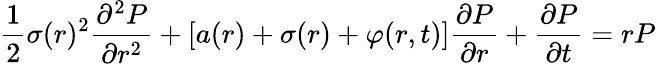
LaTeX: {\frac{1}{2}}\sigma(r)^{2}{\frac{\partial^{2}P}{\partial r^{2}}}+[a(r)+\sigma(r)+\varphi(r,t)]{\frac{\partial P}{\partial r}}+{\frac{\partial P}{\partial t}}=rP